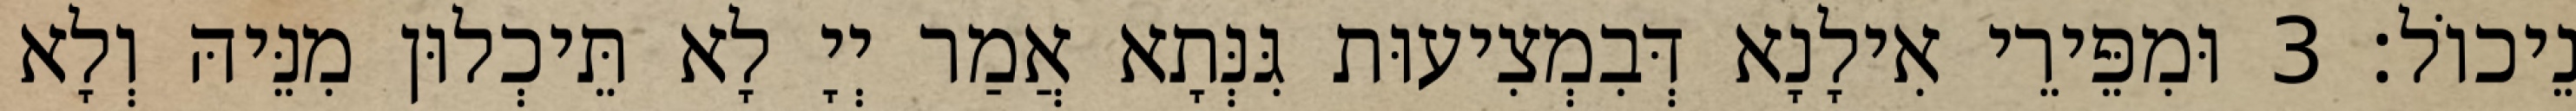
נֵיכוֹל׃ 3 וּמִפֵּירֵי אִילָנָא דְּבִמְצִיעוּת גִּנְּתָא אֲמַר יְיָ לָא תֵּיכְלוּן מִנֵּיהּ וְלָא